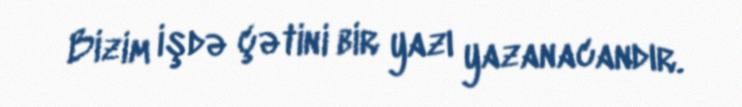
Bizim işdə çətini bir yazı yazanacandır.